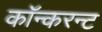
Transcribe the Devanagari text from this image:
कॉन्करन्ट